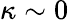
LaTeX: \kappa\sim 0